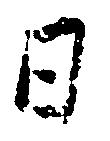
日